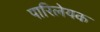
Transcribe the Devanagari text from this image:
पारिलेयक